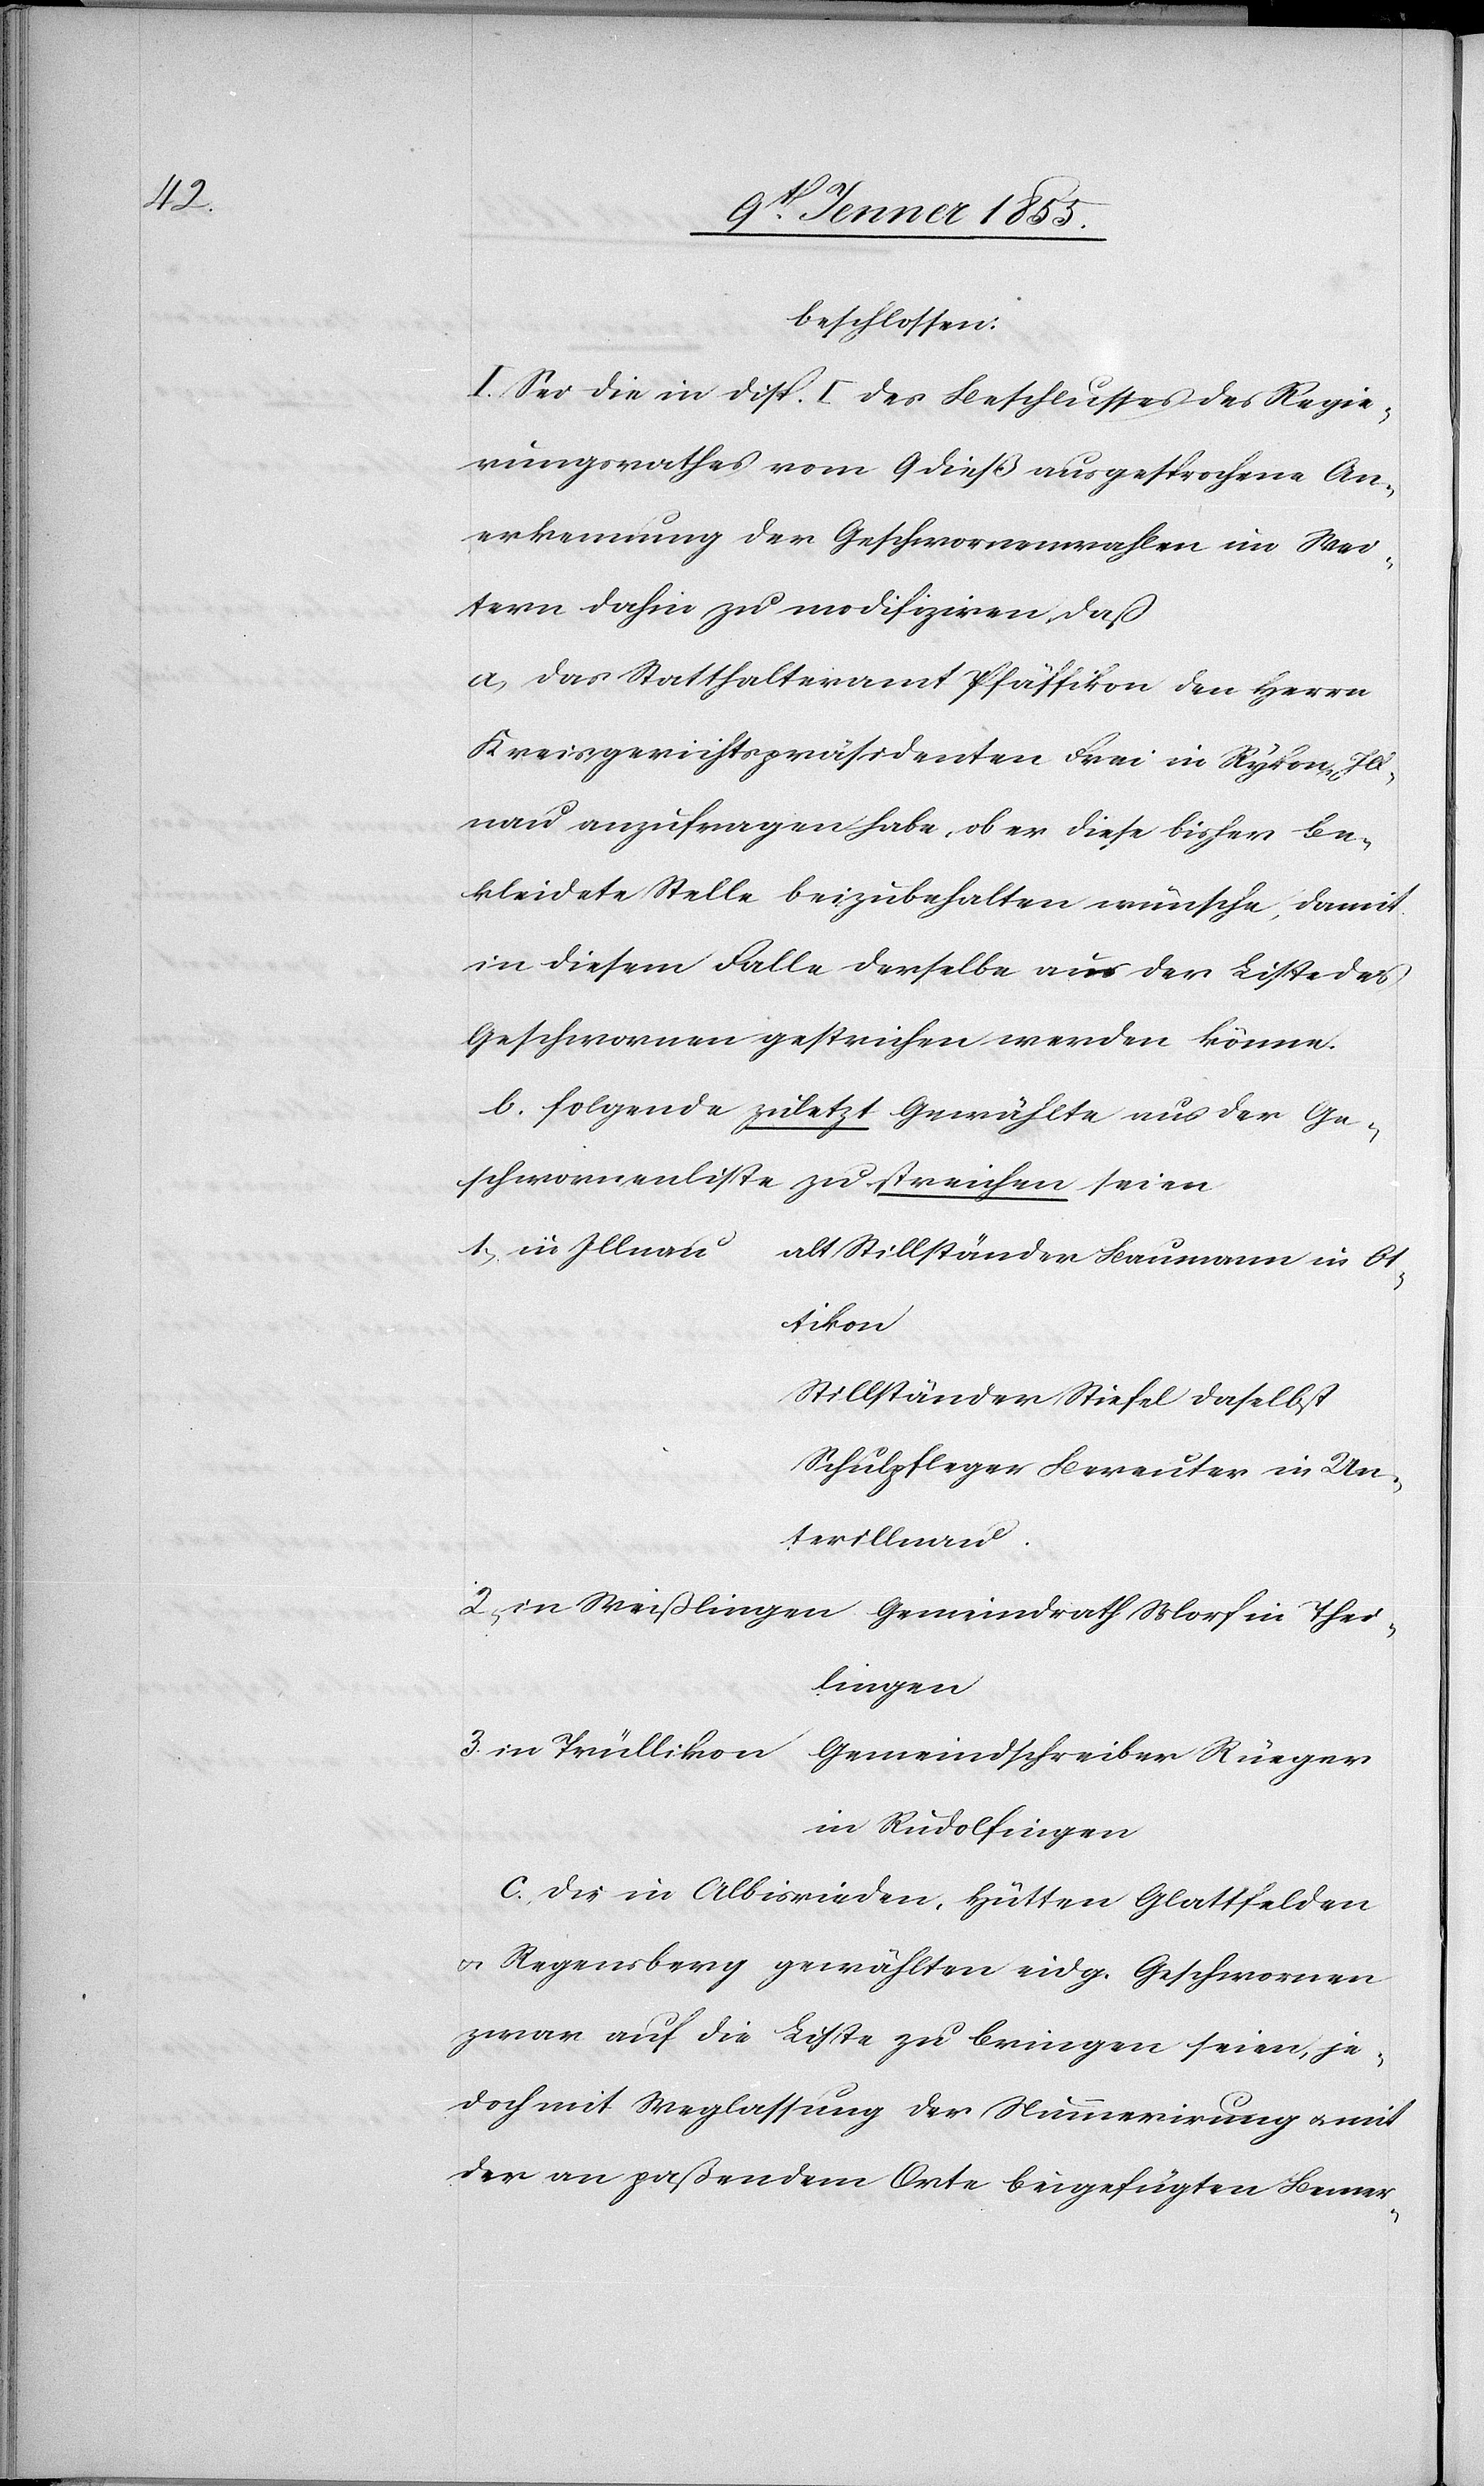
beschlossen:
I. Sei die in Disp. I des Beschlusses des Regie¬
rungsrathes vom 9 dieß ausgesprochene An¬
erkennung der Geschwornenwahlen im Wei¬
tern dahin zu modifiziren, daß
a, das Statthalteramt Pfäffikon den Herrn
Kreisgerichtspräsidenten Frei in Rykon, Ill¬
nau anzufragen habe, ob er diese bisher be¬
kleidete Stelle beizubehalten wünsche, damit
in diesem Falle derselbe aus der Liste des
Geschwornen gestrichen werden könne.
b. folgende zuletzt Gewählte aus der Ge¬
schwornenliste zu streichen seien
alt Stillständer Baumann in Ot¬
Trüllikon
Stillständer Stiefel daselbst
Schulpfleger Bereuter in Un¬
terillnau.
in Rudolfingen
c., die in Albisrieden, Hütten[,] Glattfelden
& Regensberg gewählten eidg. Geschwornen
zwar auf die Liste zu bringen seien, je¬
doch mit Weglassung der Nummerirung & mit
der an paßendem Orte beigefügten Bemer-